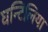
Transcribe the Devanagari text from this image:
घन्टिलिया